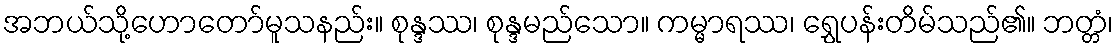
အဘယ်သို့ဟောတော်မူသနည်း။ စုန္ဒဿ၊ စုန္ဒမည်သော။ ကမ္မာရဿ၊ ရွှေပန်းတိမ်သည်၏။ ဘတ္တံ၊